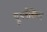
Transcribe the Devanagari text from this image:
यूथनेशिया